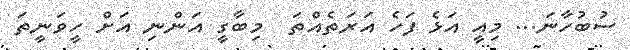
ސުބުހާނަ... މިއީ އަޅެ ފަހެ އަރަތެއްތަ  މިބާގީ އަންނި އަށް ހީވަނީތަ